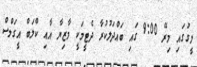
ލީގުގައި މިރޭ 9:00 ގައި ބައްދަލުކުރާ ދެޓީމަކީ މާޒިޔާ އާއި ކްލަބް އީގަލްސް